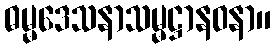
ဓမ္မဒေသနာသမ္မဋ္ဌာနဝနာ။